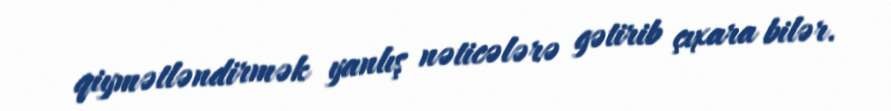
qiymətləndirmək yanlış nəticələrə gətirib çıxara bilər.